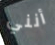
أنني